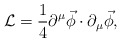
\begin{align*}\mathcal{L}= \frac{1}{4}\partial^{\mu}\vec\phi\cdot\partial_{\mu}\vec\phi,\end{align*}